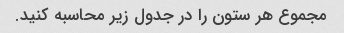
مجموع هر ستون را در جدول زیر محاسبه کنید.